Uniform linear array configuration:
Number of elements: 12
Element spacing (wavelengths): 0.25
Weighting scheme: hamming
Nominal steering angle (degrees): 30
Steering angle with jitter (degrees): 31.722
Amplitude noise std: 0.05
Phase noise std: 0.05

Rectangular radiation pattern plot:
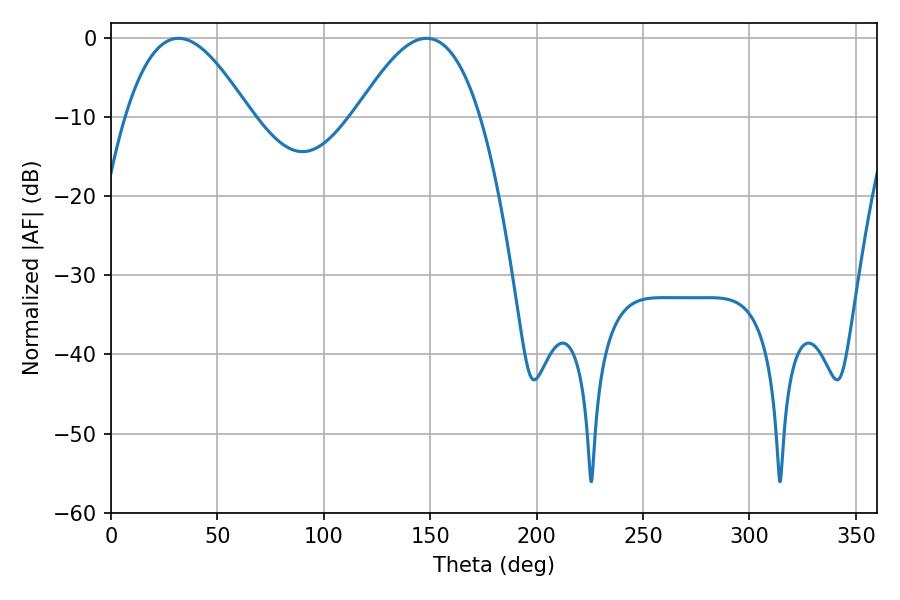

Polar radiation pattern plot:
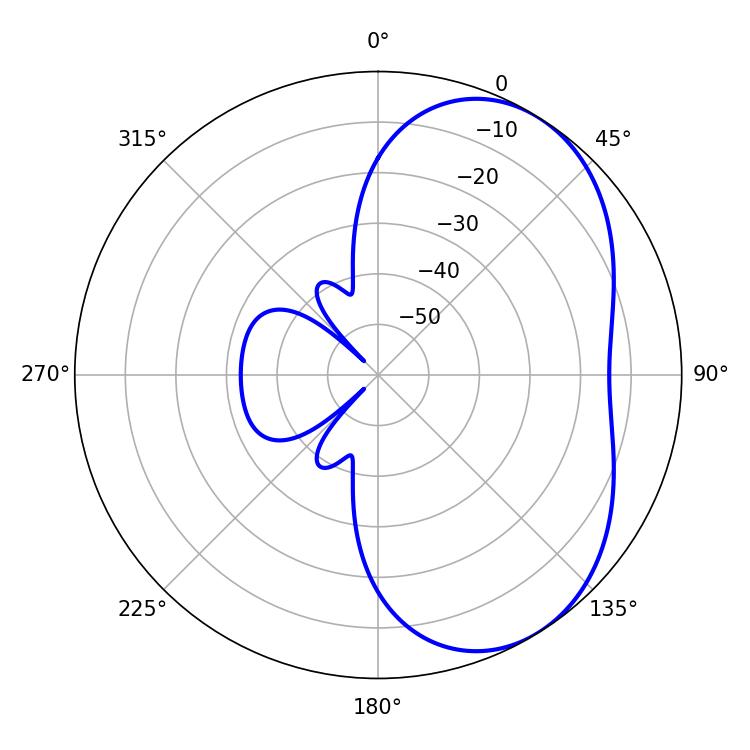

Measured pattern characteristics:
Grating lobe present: FALSE
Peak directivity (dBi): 4.623
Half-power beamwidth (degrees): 31.68
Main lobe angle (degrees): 31.68